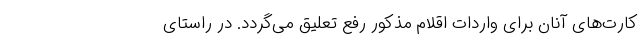
کارت‌های آنان برای واردات اقلام مذکور رفع تعلیق می‌گردد. در راستای